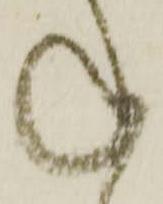
ね